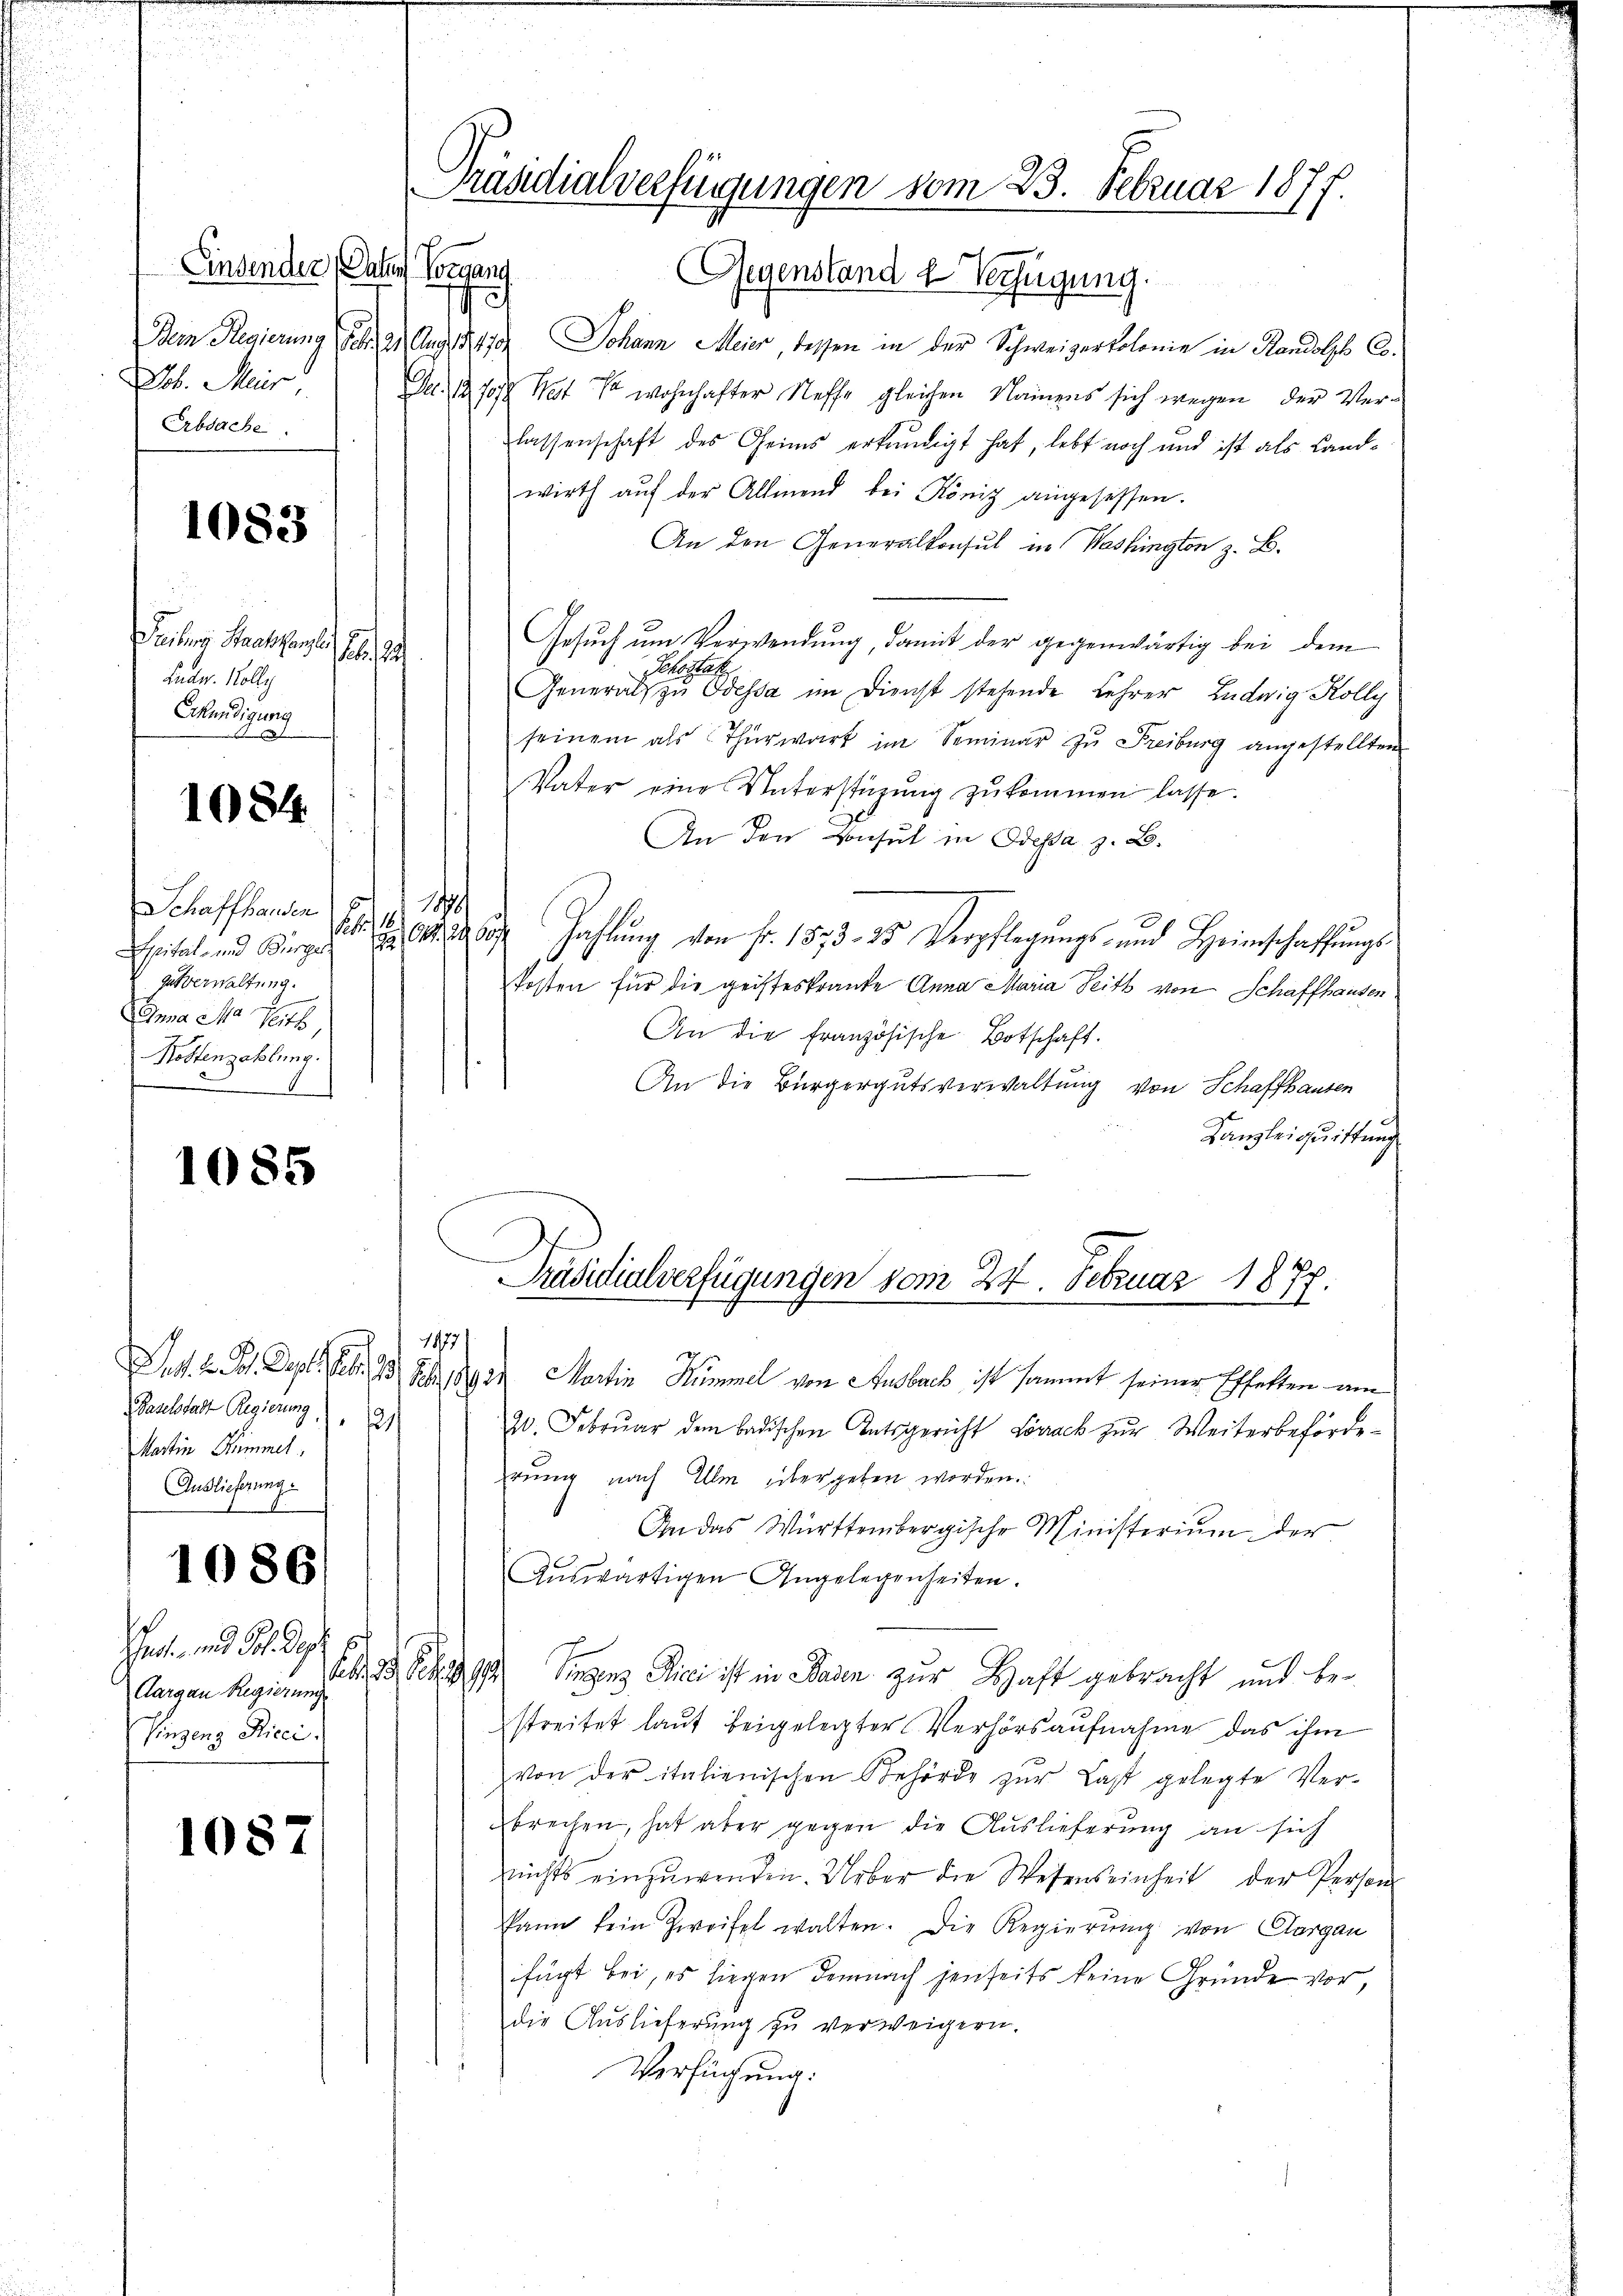
Einsender Paten Vorgang
t
Dem Regierung des 2. Aug. 179
Job. Mir
Erbsache.

1083

Veilung Halser d. 281. 28
Luder. Kolly
Erkundigung
1
1084.

Schaffhanden
.
gutverwaltung.
Anna Ma Vith,
Kostenzahlung.

1085

Baselstadt Regierung
Martin Himmel
Auslieferung

1086

hart und Solidig
Eingang Sici

1087

Gegenstand l Verfügung.
Johann Meier, dessen in der Schweizertolonie in Randolph Co¬
De. 12708 Mit 1 wohnhafter Neffe gleichen Namens sich wegen der Verlassenschaft des Geims erkundigt hat, lebt noch und ist als Landwirth aŭf der Allmend bei König angesessen.
An den Generalkonsul in Washington z. B.
Gesuch um Verwendung, damit der gegenwärtig bei dem
Schsstat
General zu Odessa im Dienst stehende Lehrer Ludwig Kolly
seinem als Thürwart im Seminar zu Freiburg angestellten
Vater eine Unterstützŭng zŭkommen lasse.
An den Konsul in Odessa z. B.
1890
Spital und Bürger    Zahlung von Fr. 1873. 25. Verpflegŭngs- und Heimschaffungskosten für die geisteskranke Anna Maria Seith von Schaffhausen
An die französische Botschaft.
An die Bürgergutsverwaltung von Schaffhausen
Kanzleiquittung
Präsidialverfügungen vom 24. Februar 1877.
19771.
Jat. 2. Joh. Dept. Febr. 13 S. 1890 Martin Kümmel von Ausbach ist sammt seiner Effetten am
211
20. Febrŭar dem badischen Antsgericht Lörrack zŭr Weiterbeförde-
rung nach Ulm übergeben worden.
An das Württembergische Ministerium der
Aŭswärtigen Angelegenheiten.
(langen Reg. Sie dici ist in Baden zur Haft gebracht und bestreitet laut beigelegter Verhörsaufnahme das ihm
von der italienischen Behörde zŭr Last gelegte Ver-
brechen, hat aber gegen die Auslieferung an sich
nichts einzuwenden. Ueber die Wesenseinheit der Person
kann kein Zweifel walten. Die Regierŭng von Aargau
fügt bei, es liegen demnach jenseits keine Gründe vor,
die Auslieferung zu verweigern.
Verfügung:

Präsidialverfügungen vom 23. Februar 1877.